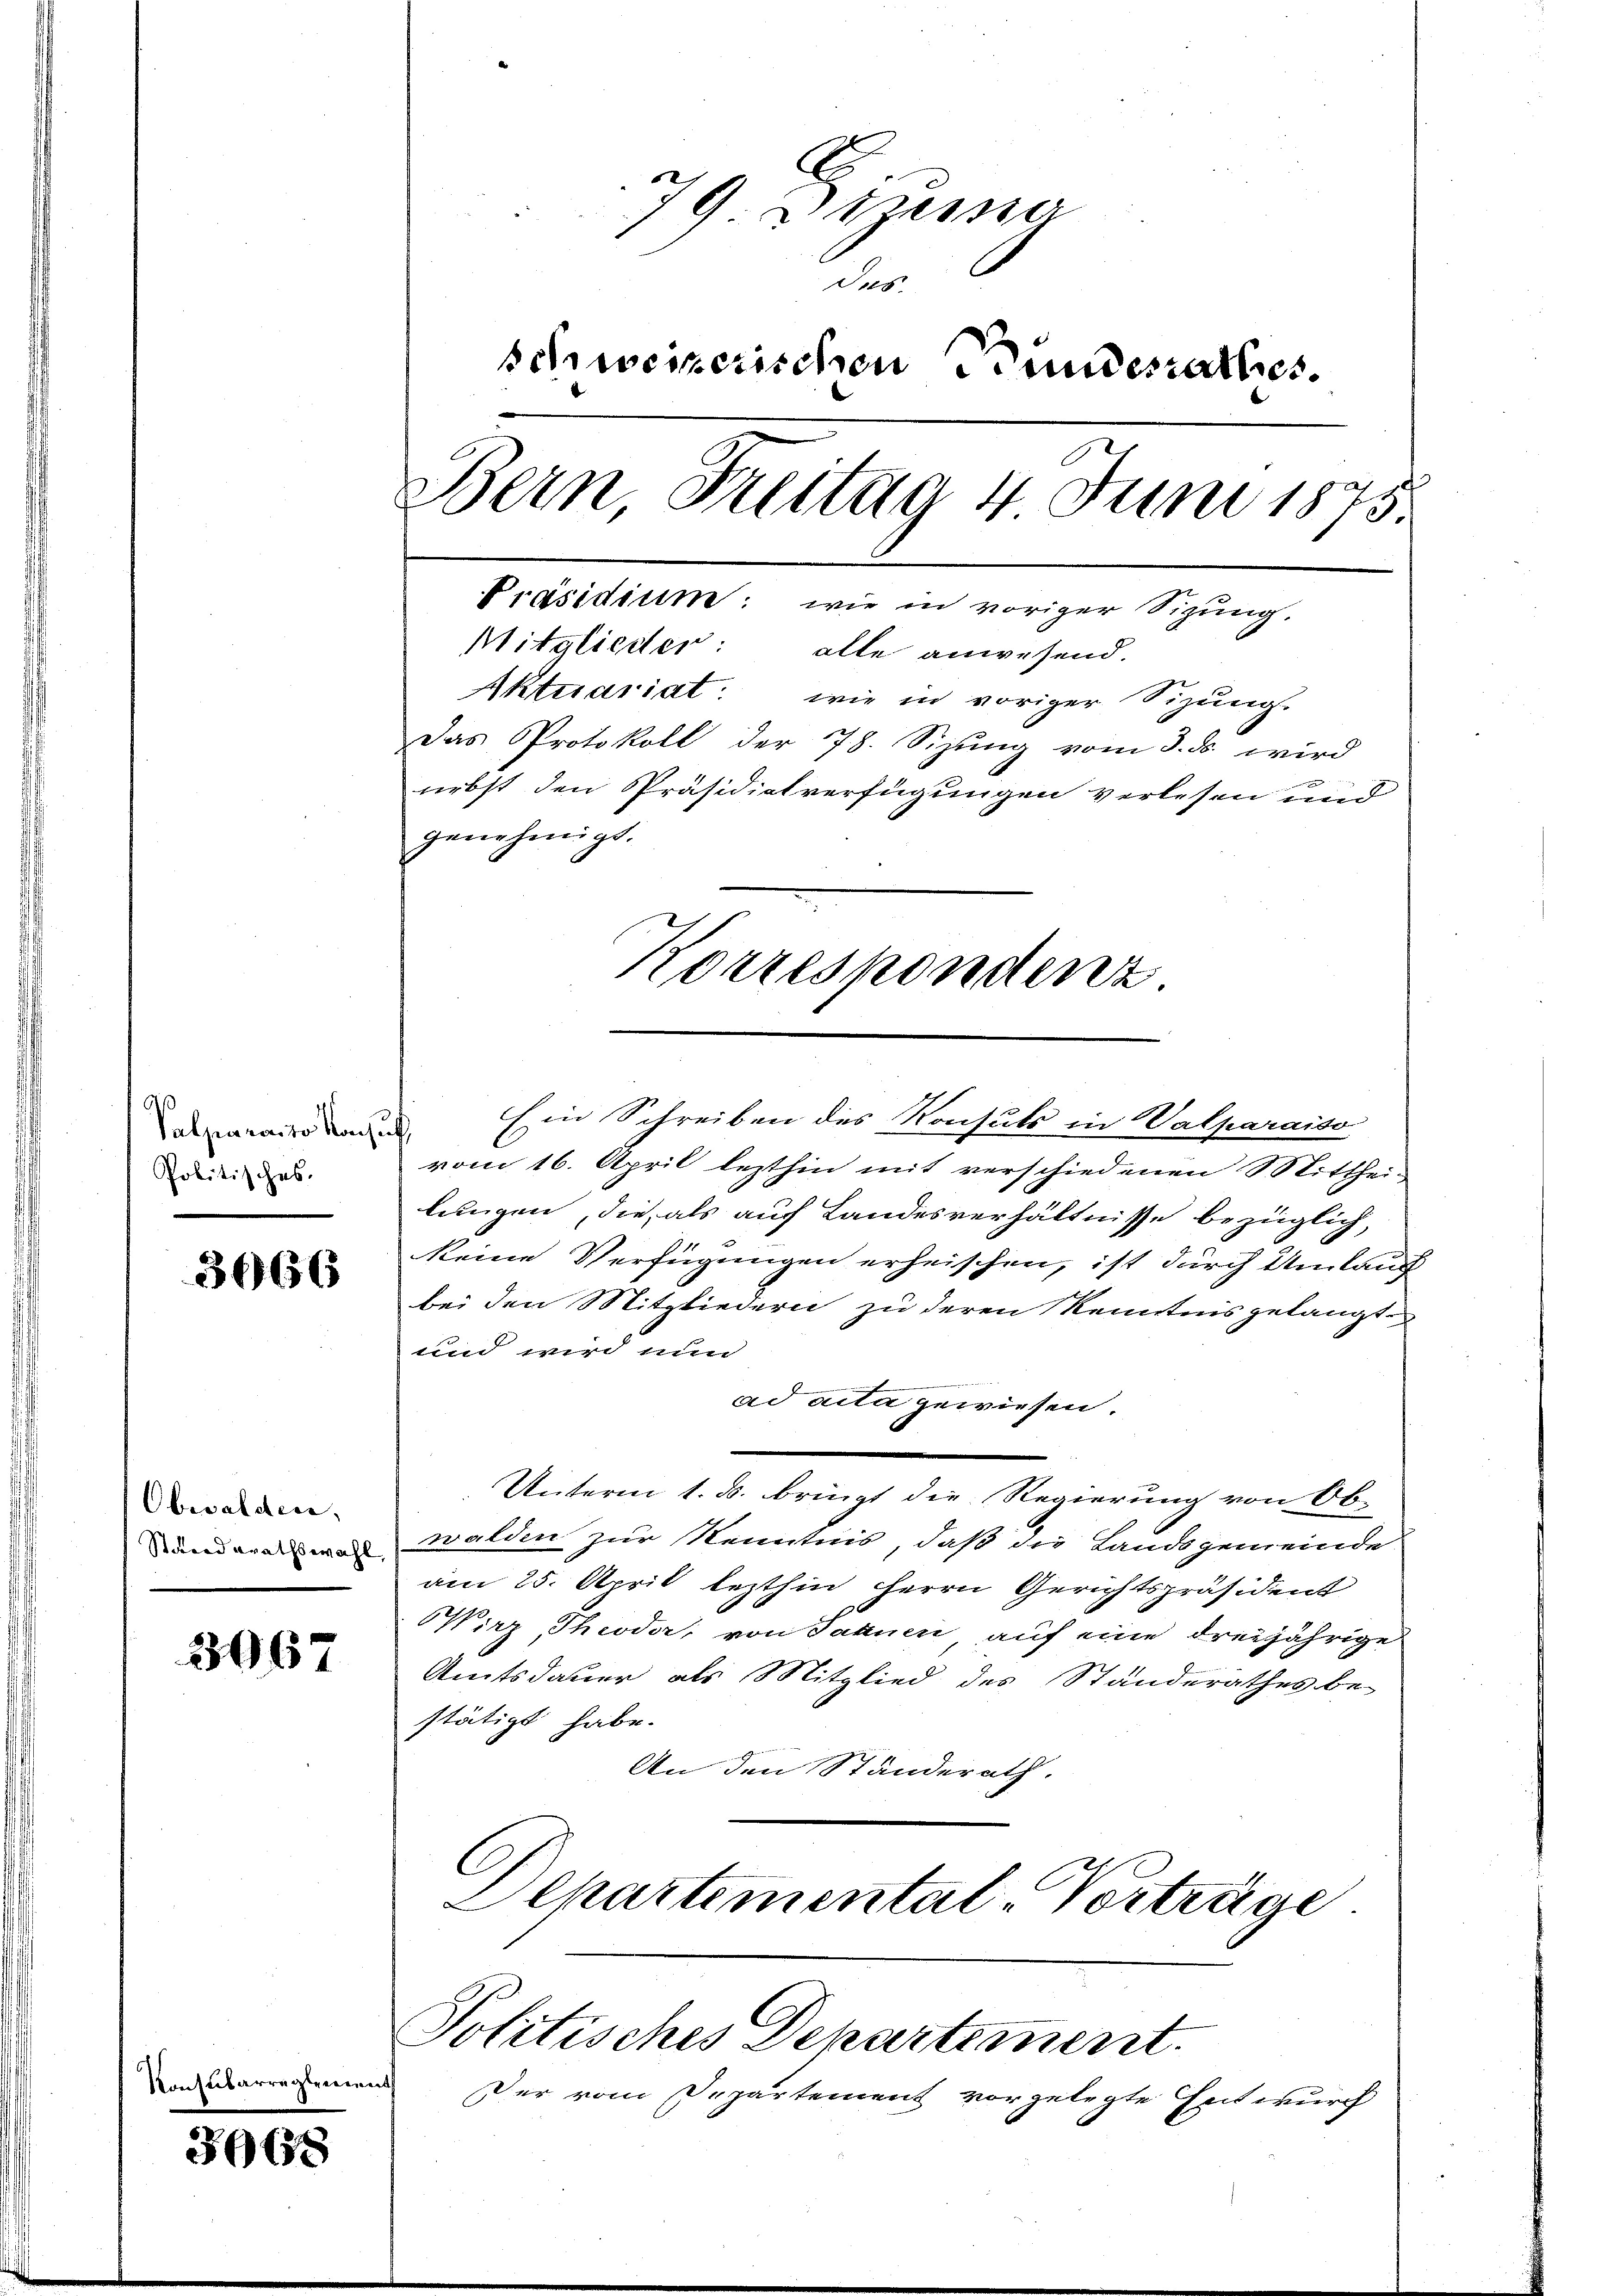
Palparato von
Politisches.

Konsubar

3666

Oberalitere,
Stand grathswahl,

3967

3668

edenen

79. Dezessi
das
schweizerischen undesrathes.
Bern Freitag 4 Juni 1875.
Präsidium: wie in voriger Sizung.
Mitglieder: alle anwesend.
Aktuariat: wie in voriger Sizung.
Das Protokoll der 78. Sizŭng vom 3. ds wird
g
nebst den Präsidiatverfügungen verlesen und
genehmigt.
Korrespondenz

Ein Schreiben des Konsuls in Valparaiso
¬
vom 16. April lezthin mit verschiedenen Mitthei-
lungen, die als auf Landesverhältnisse bezüglich,
keine Verfügungen erheischen, ist durch Umlauf
bei den Mitgliedern zu deren Kenntnis gelangt
und wird nun
ad acta gewiesen.
Unterm 1. ds. bringt die Regierung von Ob-
walden zur Kenntnis, daß die Landsgemeinde
am 25. April lezthin Herrn Gerichtspräsident
Wirz Theodor von Saanen auf eine dreijährige
Amtsdauer als Mitglied des Ständerathes be-
stätigt habe.
An den Standerath.
C
Departemental-Vorträge

Politisches Departement.

Der vom Departement vorgelegte Entwurch